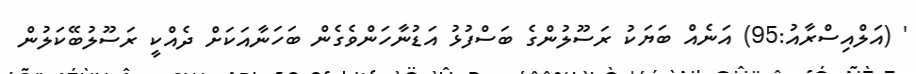
' (އަލްއިސްރާއު:95) އަނެއް ބަޔަކު ރަސޫލުންގެ ބަސްފުޅު އަޑުނާހަންވެގެން ބަހަނާއަކަށް ދެއްކީ ރަސޫލުބޭކަލުން